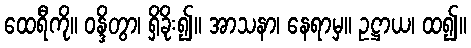
ထေရီကို။ ဝန္ဒိတွာ၊ ရှိခိုး၍။ အာသနာ၊ နေရာမှ။ ဥဋ္ဌာယ၊ ထ၍။